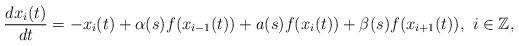
LaTeX: \begin{align*}\frac{dx_i(t)}{dt} =-x_i(t)+\alpha(s)f(x_{i-1}(t))+a(s)f(x_i(t))+\beta(s) f(x_{i+1}(t)),\,\,i\in\mathbb{Z},\end{align*}